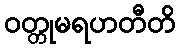
ဝတ္တုမရဟတီတိ